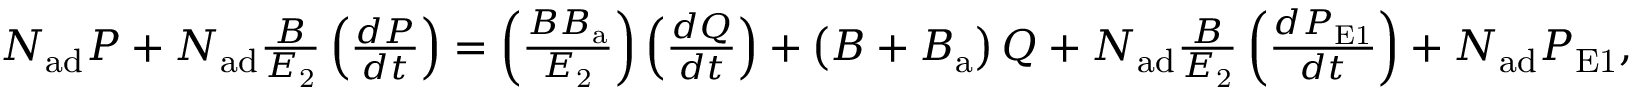
\begin{array} { r } { N _ { \mathrm { a d } } P + N _ { \mathrm { a d } } \frac { B } { E _ { \mathrm { 2 } } } \left( \frac { d P } { d t } \right) = \left( \frac { B B _ { \mathrm { a } } } { E _ { \mathrm { 2 } } } \right) \left( \frac { d Q } { d t } \right) + \left( B + B _ { \mathrm { a } } \right) Q + N _ { \mathrm { a d } } \frac { B } { E _ { \mathrm { 2 } } } \left( \frac { d P _ { \mathrm { E 1 } } } { d t } \right) + N _ { \mathrm { a d } } P _ { \mathrm { E 1 } } , } \end{array}